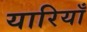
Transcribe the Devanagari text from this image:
यारियाँ